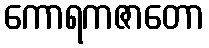
ကောရကဇာတော